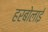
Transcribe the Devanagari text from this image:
हरबोलाई